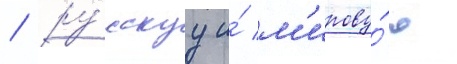
/ ру́сскуу и́ м'ирову́ю